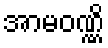
အာမဝဏ္ဏိ